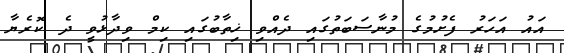
އައު އަހަރު ފެށުމުގެ މުނާސަބަތުގައި ދެއްވި ޚިތާބުގައި ކިމް ވިދާޅުވީ ދެ ކޮރެޔާ